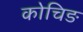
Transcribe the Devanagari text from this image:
कोचिङ